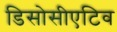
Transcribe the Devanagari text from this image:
डिसोसीएटिव